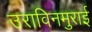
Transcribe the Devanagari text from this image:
उराविनमुराई